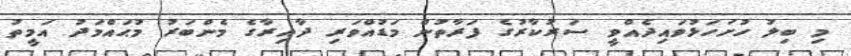
މި ބިލު ހުށަހަޅުވައިދެއްވީ ސަރުކާރުގެ ފަރާތުން މަޑުއްވަރި ދާއިރާގެ މެންބަރު މުޙައްމަދު އަމީތު